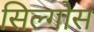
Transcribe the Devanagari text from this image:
सिल्गोस